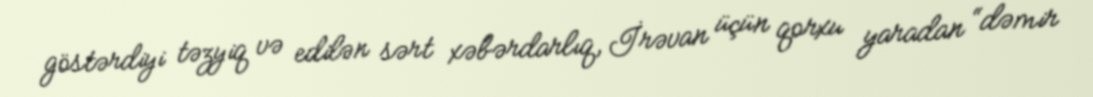
göstərdiyi təzyiq və edilən sərt xəbərdarlıq, İrəvan üçün qorxu yaradan “dəmir